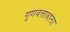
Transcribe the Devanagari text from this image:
गुणवत्तावाला